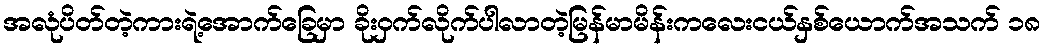
အလုံပိတ်တဲ့ကားရဲ့အောက်ခြေမှာ ခိုးဝှက်လိုက်ပါလာတဲ့မြန်မာမိန်းကလေးငယ်နှစ်ယောက်အသက် ၁၈